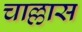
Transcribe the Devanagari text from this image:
चाल्लास